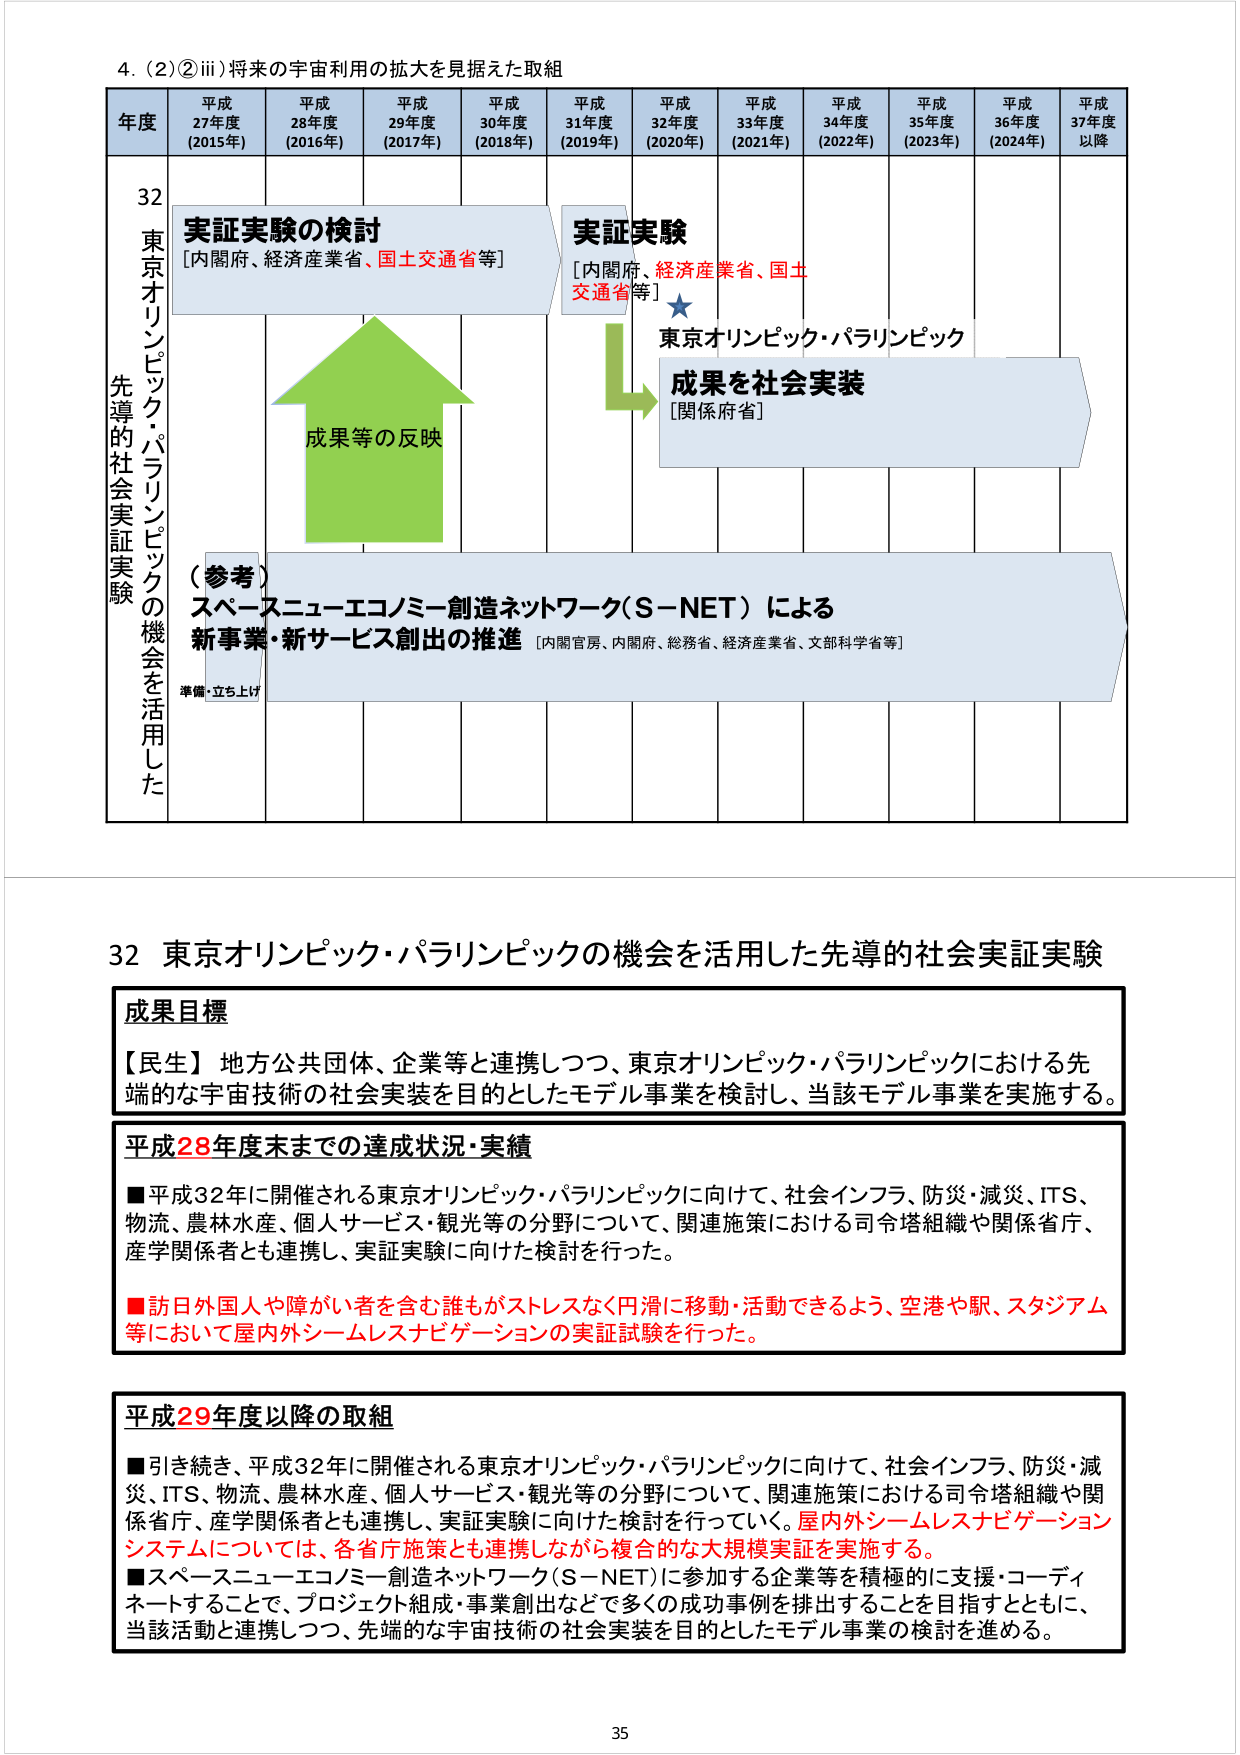
4. (2) ② iii) 将来の宇宙利用の拡大を見据えた取組

年度 平成27年度 (2015年) 平成28年度 (2016年) 平成29年度 (2017年) 平成30年度 (2018年) 平成31年度 (2019年) 平成32年度 (2020年) 平成33年度 (2021年) 平成34年度 (2022年) 平成35年度 (2023年) 平成36年度 (2024年) 平成37年度以降

32 東京オリンピック・パラリンピックの機会を活用した先導的社会実証実験

実証実験の検討 [内閣府、経済産業省、国土交通省等]

成果等の反映

実証実験 [内閣府、経済産業省、国土交通省等]

★ 東京オリンピック・パラリンピック

成果を社会実装 [関係府省]

(参考) スペースニューエコノミー創造ネットワーク(S-NET)による 新事業・新サービス創出の推進 [内閣官房、内閣府、総務省、経済産業省、文部科学省等]

準備・立ち上げ

32 東京オリンピック・パラリンピックの機会を活用した先導的社会実証実験

成果目標

【民生】 地方公共団体、企業等と連携しつつ、東京オリンピック・パラリンピックにおける先端的な宇宙技術の社会実装を目的としたモデル事業を検討し、当該モデル事業を実施する。

平成28年度末までの達成状況・実績

■ 平成32年に開催される東京オリンピック・パラリンピックに向けて、社会インフラ、防災・減災、ITS、物流、農林水産、個人サービス・観光等の分野について、関連施策における司令塔組織や関係省庁、産学関係者とも連携し、実証実験に向けた検討を行った。

■ 訪日外国人や障がい者を含む誰もがストレスなく円滑に移動・活動できるよう、空港や駅、スタジアム等において屋内外シームレスナビゲーションの実証試験を行った。

平成29年度以降の取組

■ 引き続き、平成32年に開催される東京オリンピック・パラリンピックに向けて、社会インフラ、防災・減災、ITS、物流、農林水産、個人サービス・観光等の分野について、関連施策における司令塔組織や関係省庁、産学関係者とも連携し、実証実験に向けた検討を行っていく。屋内外シームレスナビゲーションシステムについては、各省庁施策とも連携しながら複合的な大規模実証を実施する。

■ スペースニューエコノミー創造ネットワーク(S-NET)に参加する企業等を積極的に支援・コーディネートすることで、プロジェクト組成・事業創出などで多くの成功事例を排出することを目指すとともに、当該活動と連携しつつ、先端的な宇宙技術の社会実装を目的としたモデル事業の検討を進める。

35